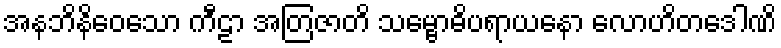
အနဘိနိဝေသော ကီဠာ အတြဇာတိ သမ္ဗောဓိပရာယနော လောဟိတဒေါဏိ